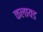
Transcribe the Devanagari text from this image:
कलायड